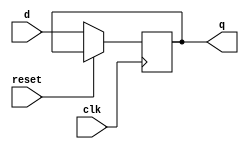
// Code your design here
module lab3(d,q,clk,reset);
  input d,clk,reset;
  output reg q;
  
  always @ (posedge clk) 
    begin 
      if(~reset)
      q <= d;
    end 
  
endmodule